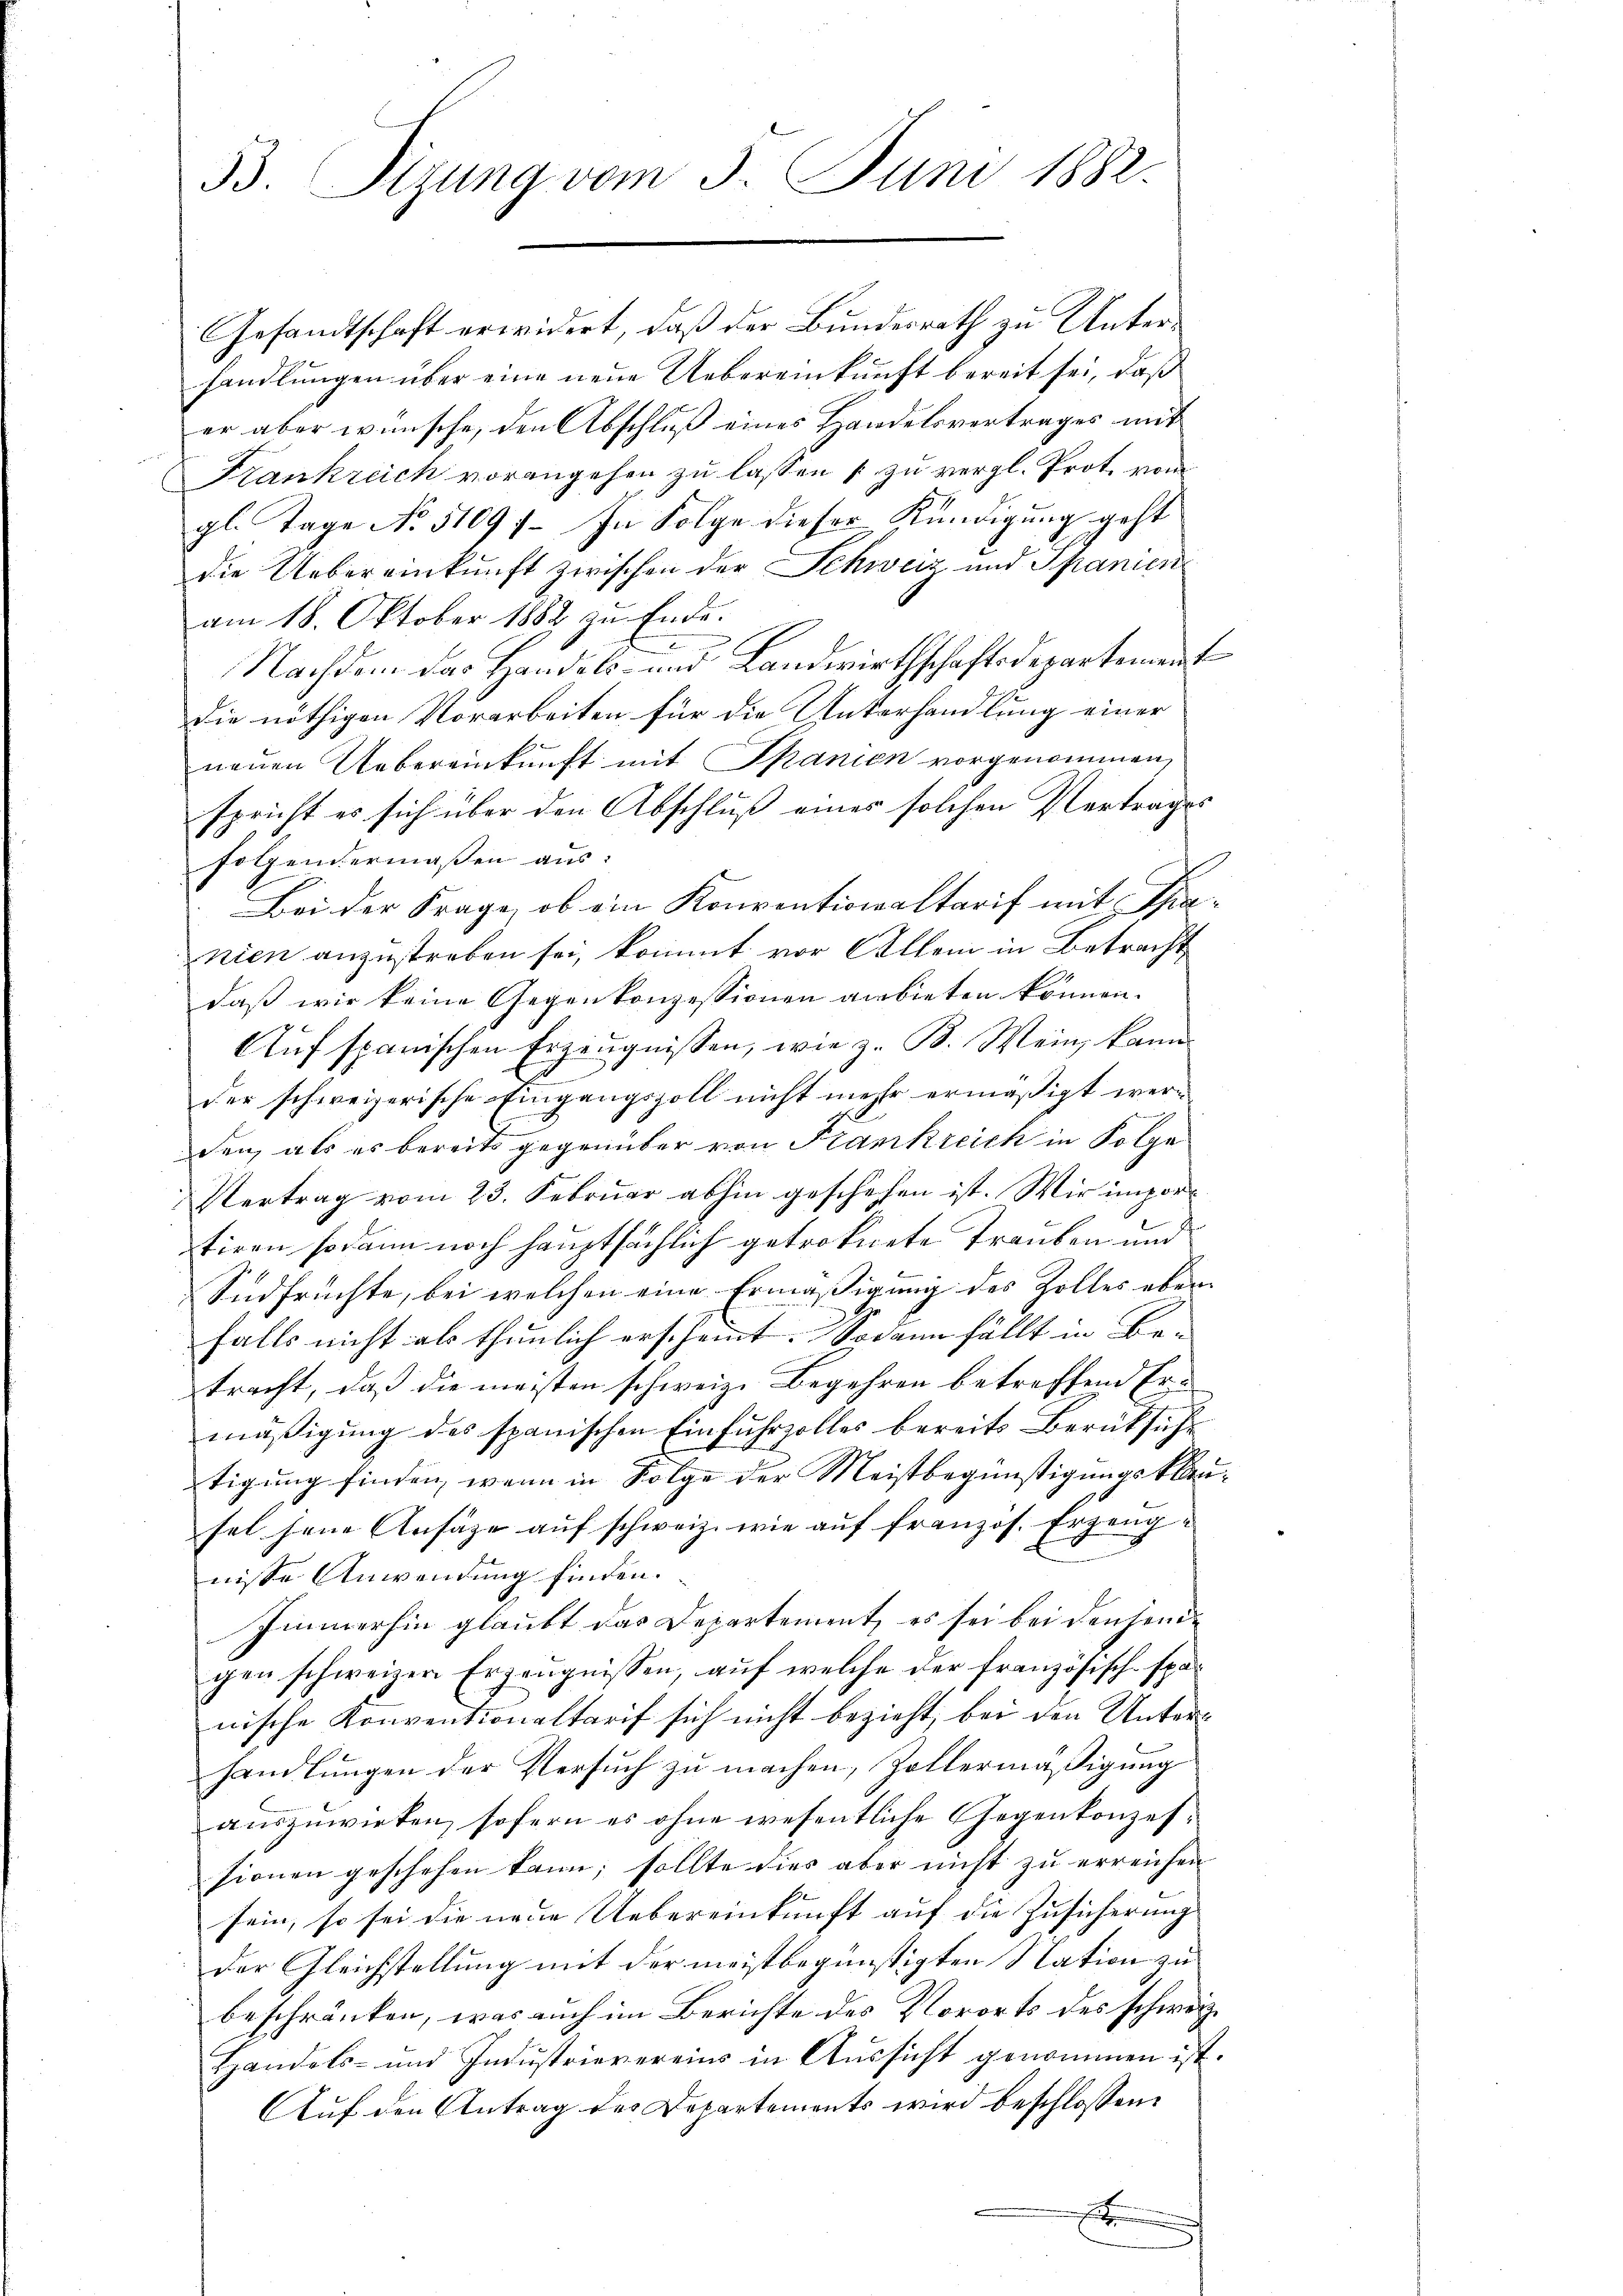
33. Tizung vom 5. Juni 1882.

am 18. Oktober 1882 zu Ende.
Nachdem das Handels- und Landwirthschaftsdepartement
die nöthigen Vorarbeiten für die Unterhandlung einer
neuen Uebereinkunft mit Spanien vorgenommen,
spricht es sich über den Abschluß eines solchen Vertrages
folgendermaßen aus:
Bei der Frage, ob ein Konventionaltarif mit Thianien anzustreben sei, kommt vor Allem in Betracht
daß wir keine Gegenkonzessionen anbieten können.
Auf spanischen Erzeugnissen, wie z. B. Wein, kann
der schweizerische Eingangszoll nicht mehr ermäßigt werden, als es bereits gegenüber von Frankreich in Folge
Vertrag vom 23. Februar abhin geschehen ist. Wir imporstiren sodann noch hauptsächlich getroknete Trauben und
Südfrüchte, bei welchen eine Ermäßigung des Zolles ober
falls nicht als thunlich erscheint. Sodann fällt in Be-
tracht, daß die meisten schweiz. Begehren betreffend Ermäβigŭng des spanischen Einfuhrzolles bereits Berücksicht
tigung finden, wenn in Folge der Meistbegünstigungsklausel jene Ansätze auf schweiz. wie auf französ. Erzeugnisse Anwendung finden.
Immerhin glaubt das Departement, es sei bei densende
gen schweizer Erzeugnissen, auf welche der französisch-spanische Konventionaltarif sich nicht bezieht, bei den Unterhandlungen der Versuch zu machen, Zollermäßigung
auszuwirken, sofern es ohne wesentliche Gegenkonzessionen geschehen kann; sollte dies aber nicht zu erreichen
sein, so sei die neue Uebereinkunft auf die Zusicherung
der Gleichstellung mit der meistbegünstigten Nation zu
beschränken, was auch im Berichte des Vororts des schweiz.
Handels- und Industrievereins in Aussicht genommen ist.
Auf den Antrag des Departements wird beschlossen:
x

Gesandtschaft erwidert, daß der Bundesrath zu Unterhandlungen über eine neue Uebereinkunft bereit sei, daß
er aber wünsche, den Abschluß eines Handelsvertrages mit
Kankreich vorangehen zu lassen [zu vergl. Prot. vom
gl. Tage No. 51097. In Folge dieser Kündigung geht
die Uebereinkunft zwischen der Schweiz und Spanien